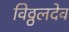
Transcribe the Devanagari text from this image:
विठ्ठलदेव